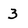
Character: 3